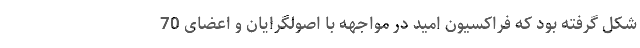
شكل گرفته بود كه فراكسیون امید در مواجهه با اصولگرایان و اعضای 70